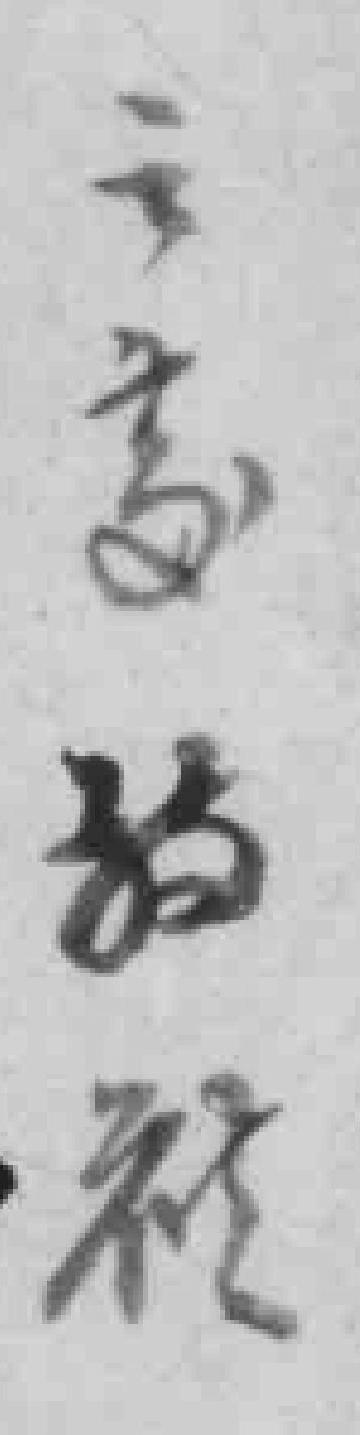
之***